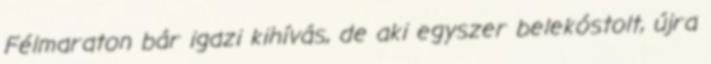
Félmaraton bár igazi kihívás, de aki egyszer belekóstolt, újra